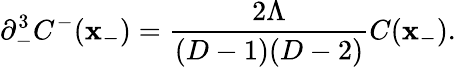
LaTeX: \partial_{-}^{3}C^{-}(\mathbf{x}_{-})=\frac{{2\Lambda}}{{(D-1)(D-2)}}C(\mathbf{x}_{-}).